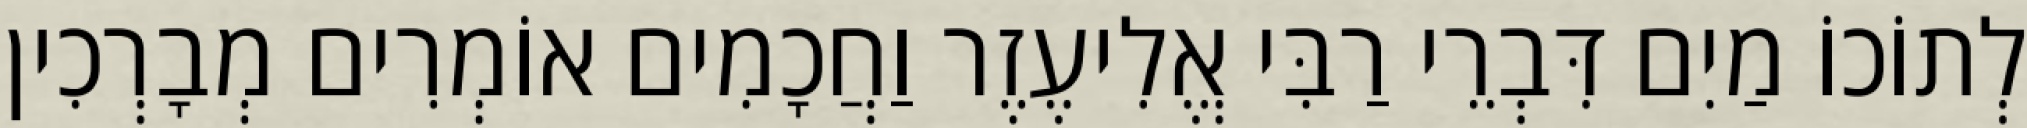
לְתוֹכוֹ מַיִם דִּבְרֵי רַבִּי אֱלִיעֶזֶר וַחֲכָמִים אוֹמְרִים מְבָרְכִין